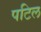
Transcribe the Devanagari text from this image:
पटिल